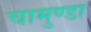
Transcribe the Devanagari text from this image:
चामुण्‍डा